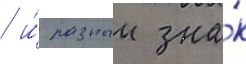
/ и́ разныи зна́к